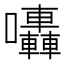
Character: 𡆀